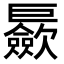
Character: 𪩪